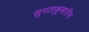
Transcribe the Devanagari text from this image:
सुगताकुमारींना